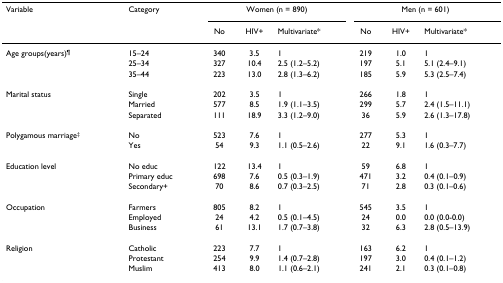
| Variable | Category | <COLSPAN=3> Women (n = 890) | <COLSPAN=3> Men (n = 601) |
 |  |  | No | HIV+ | Multivariate* | No | HIV+ | Multivariate* |
 | --- | --- | --- | --- | --- | --- | --- | --- |
 | Age groups(years)¶ | 15–24 | 340 | 3.5 | 1 | 219 | 1.0 | 1 |
 |  | 25–34 | 327 | 10.4 | 2.5 (1.2–5.2) | 197 | 5.1 | 5.1 (2.4–9.1) |
 |  | 35–44 | 223 | 13.0 | 2.8 (1.3–6.2) | 185 | 5.9 | 5.3 (2.5–7.4) |
 | Marital status | Single | 202 | 3.5 | 1 | 266 | 1.8 | 1 |
 |  | Married | 577 | 8.5 | 1.9 (1.1–3.5) | 299 | 5.7 | 2.4 (1.5–11.1) |
 |  | Separated | 111 | 18.9 | 3.3 (1.2–9.0) | 36 | 5.9 | 2.6 (1.3–17.8) |
 | Polygamous marriage‡ | No | 523 | 7.6 | 1 | 277 | 5.3 | 1 |
 |  | Yes | 54 | 9.3 | 1.1 (0.5–2.6) | 22 | 9.1 | 1.6 (0.3–7.7) |
 | Education level | No educ | 122 | 13.4 | 1 | 59 | 6.8 | 1 |
 |  | Primary educ | 698 | 7.6 | 0.5 (0.3–1.9) | 471 | 3.2 | 0.4 (0.1–0.9) |
 |  | Secondary+ | 70 | 8.6 | 0.7 (0.3–2.5) | 71 | 2.8 | 0.3 (0.1–0.6) |
 | Occupation | Farmers | 805 | 8.2 | 1 | 545 | 3.5 | 1 |
 |  | Employed | 24 | 4.2 | 0.5 (0.1–4.5) | 24 | 0.0 | 0.0 (0.0-0.0) |
 |  | Business | 61 | 13.1 | 1.7 (0.7–3.8) | 32 | 6.3 | 2.8 (0.5–13.9) |
 | Religion | Catholic | 223 | 7.7 | 1 | 163 | 6.2 | 1 |
 |  | Protestant | 254 | 9.9 | 1.4 (0.7–2.8) | 197 | 3.0 | 0.4 (0.1–1.2) |
 |  | Muslim | 413 | 8.0 | 1.1 (0.6–2.1) | 241 | 2.1 | 0.3 (0.1–0.8) |